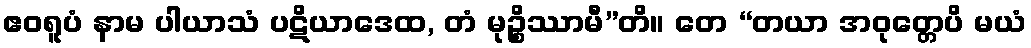
ဧဝရူပံ နာမ ပါယာသံ ပဋိယာဒေထ, တံ မုဉ္စိဿာမီ”တိ။ တေ “တယာ အဝုတ္တေပိ မယံ